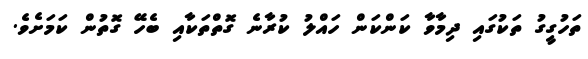
ތަހުގީގު ތަކުގައި ދިމާވާ ކަންކަން ހައްލު ކުރާނެ ގޮތްތަކާއި ބެހޭ ގޮތުން ކަމަށެވެ.